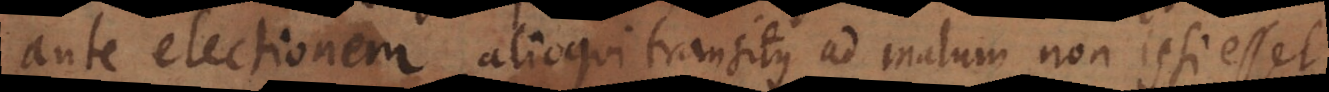
ante electionem, alioqui transitus ad malum non ipsi esset